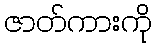
ဇာတ်ကားကို